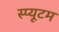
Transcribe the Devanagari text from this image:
स्प्यूटम